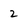
Character: 2